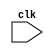
`timescale 1ns / 1ps
//////////////////////////////////////////////////////////////////////////////////
// Company: 
// Engineer: 
// 
// Design Name: 
// Module Name:    test 
// Project Name: 
// Target Devices: 
// Tool versions: 
// Description: 
//
// Dependencies: 
//
// Revision: 
// Revision 0.01 - File Created
// Additional Comments: 
//
//////////////////////////////////////////////////////////////////////////////////
module test(clk
    );
	reg [22:0]a;
	input clk;
	always@(posedge clk)
	  a=a<<1;
endmodule